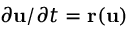
\partial \mathbf { u } / \partial t = \mathbf { r } ( \mathbf { u } )